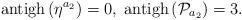
LaTeX: \begin{align*}\mathrm{antigh}\left( \eta ^{a_{2}}\right) =0,\;\mathrm{antigh}\left( \mathcal{P}_{a_{2}}\right) =3. \end{align*}